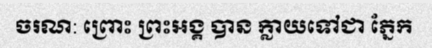
ចរណ: ព្រោះ ព្រះអង្គ បាន ក្លាយទៅជា ភ្នែក